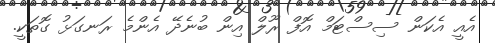
އެއީ އެކަން ސިސްޓަމް އޮފް ރޫލް އިން ބުނެދޭ އެންމެ ރަނގަޅު ގޮތަކީ.